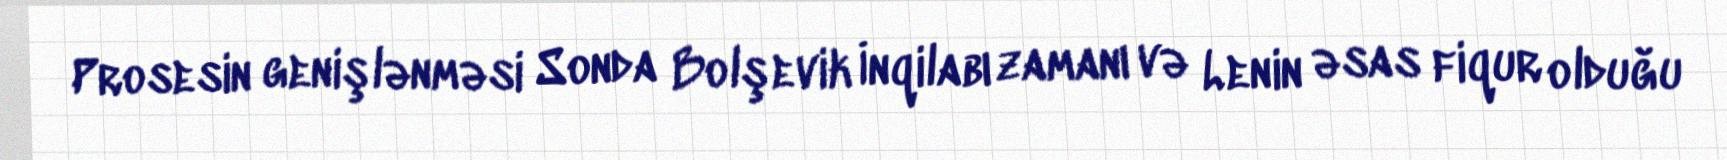
Prosesin genişlənməsi Sonda Bolşevik İnqilabı zamanı və Lenin əsas fiqur olduğu